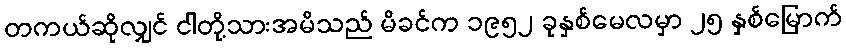
တကယ်ဆိုလျှင် ငါတို့သားအမိသည် မိခင်က ၁၉၅၂ ခုနှစ်မေလမှာ ၂၅ နှစ်မြောက်